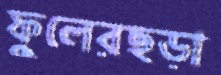
ফুলেরছড়া